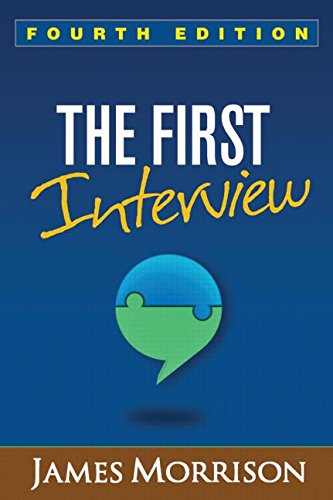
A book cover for The First Interview, Fourth Edition; James Morrison MD; Medical Books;